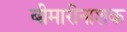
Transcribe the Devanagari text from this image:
बीमारीनाशक